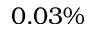
0 . 0 3 \%